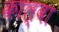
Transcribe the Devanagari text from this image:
काल्बा